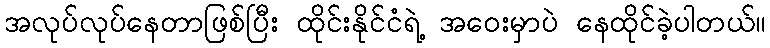
အလုပ်လုပ်နေတာဖြစ်ပြီး ထိုင်းနိုင်ငံရဲ့ အဝေးမှာပဲ နေထိုင်ခဲ့ပါတယ်။